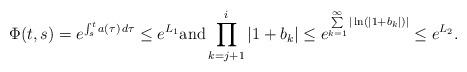
LaTeX: \begin{align*}\displaystyle \Phi(t,s)=e^{\int_{s}^{t}a(\tau)\,d\tau}\leq e^{L_{1}} \textnormal{and} \prod\limits_{k=j+1}^{i}|1+b_{k}|\leq e^{\sum\limits_{k=1}^{\infty}|\ln(|1+b_{k}|)|}\leq e^{L_{2}}.\end{align*}